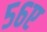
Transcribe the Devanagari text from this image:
५६ए